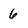
Character: 6